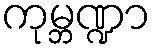
ကုမ္ဘဏ္ဍာ